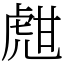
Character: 甝